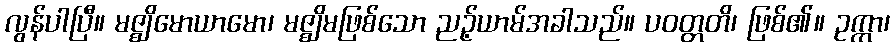
လွန်ပါပြီ။ မဇ္ဈိမောယာမော၊ မဇ္ဈိမဖြစ်သော ညဉ့်ယာမ်အခါသည်။ ပဝတ္တတိ၊ ဖြစ်၏။ ဥက္ကာ၊